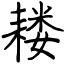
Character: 耧